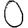
Digit: 0